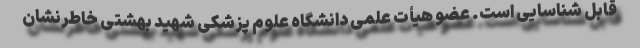
قابل شناسایی است. عضو هیأت علمی دانشگاه علوم پزشکی شهید بهشتی خاطرنشان